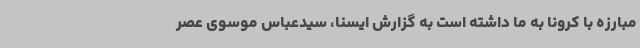
مبارزه با کرونا به ما داشته است به گزارش ایسنا، سیدعباس موسوی عصر